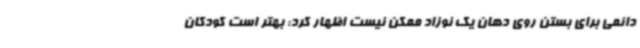
دائمی برای بستن روی دهان یک نوزاد ممکن نیست اظهار کرد: بهتر است کودکان